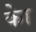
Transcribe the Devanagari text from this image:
काेे